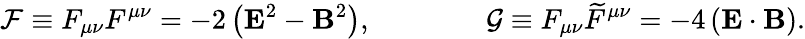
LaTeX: \mathcal{F}\equiv F_{\mu\nu}F^{\mu\nu}=-2\left(\textbf{E}^{2}-\textbf{B}^{2}\right),\qquad\qquad\mathcal{G}\equiv F_{\mu\nu}{\widetilde F}^{\mu\nu}=-4\left(\textbf{E}\cdot\textbf{B}\right).